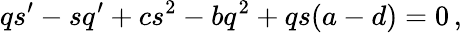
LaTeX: qs^{\prime}-sq^{\prime}+cs^{2}-bq^{2}+qs(a-d)=0\, ,